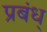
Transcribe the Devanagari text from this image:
प्रबंध्